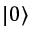
| 0 \rangle